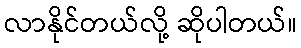
လာနိုင်တယ်လို့ ဆိုပါတယ်။